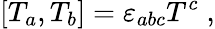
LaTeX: [T_{a},T_{b}]=\varepsilon_{abc}T^{c}\; ,